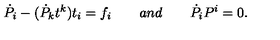
{ \dot { P } } _ { i } - ( { \dot { P } } _ { k } t ^ { k } ) t _ { i } = f _ { i } \qquad a n d \qquad { \dot { P } } _ { i } { P } ^ { i } = 0 .